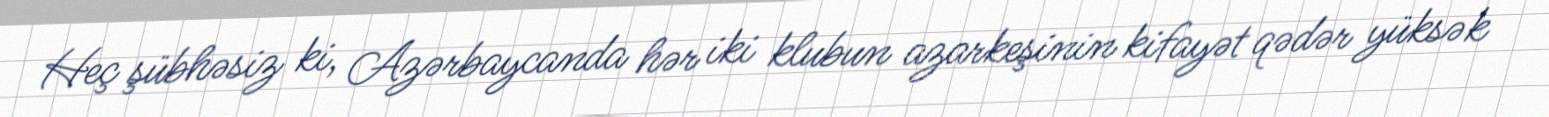
Heç şübhəsiz ki, Azərbaycanda hər iki klubun azarkeşinin kifayət qədər yüksək